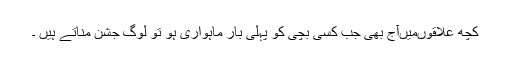
کچھ علاقوں‌میں‌آج بھی جب کسی بچی کو پہلی بار ماہواری ہو تو لوگ جشن مناتے ہیں ۔